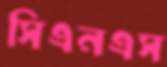
সিএনএস